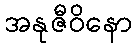
အနုဇီဝိနော